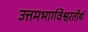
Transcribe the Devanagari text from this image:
उत्तमभार्गवेश्वरतीर्थ